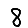
Digit: 8